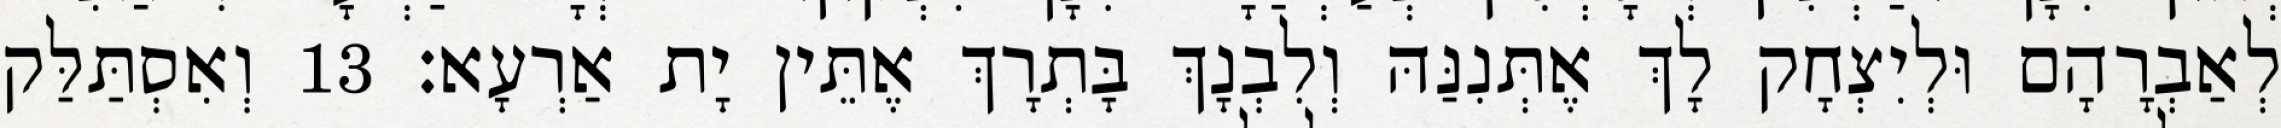
לְאַבְרָהָם וּלְיִצְחָק לָךְ אֶתְּנִנַּהּ וְלִבְנָךְ בָּתְרָךְ אֶתֵּין יָת אַרְעָא׃ 13 וְאִסְתַּלַּק